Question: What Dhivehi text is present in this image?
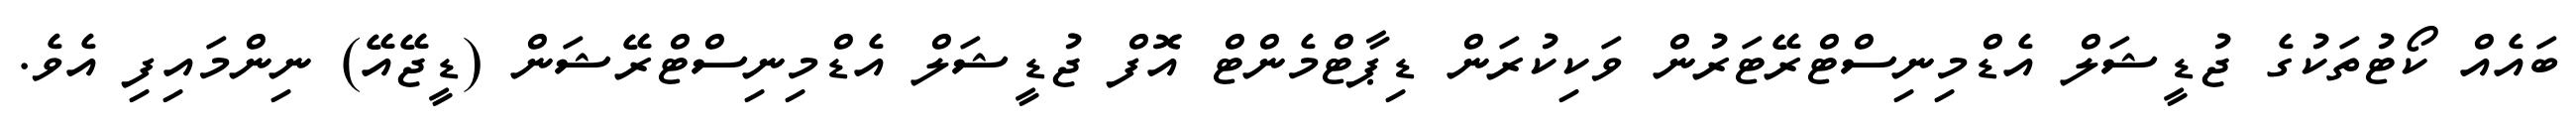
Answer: ބައެއް ކޯޓުތަކުގެ ޖުޑީޝަލް އެޑްމިނިސްޓްރޭޓަރުން ވަކިކުރަން ޑިޕާޓްމެންޓް އޮފް ޖުޑީޝަލް އެޑްމިނިސްޓްރޭޝަން (ޑީޖޭއޭ) ނިންމައިފި އެވެ.